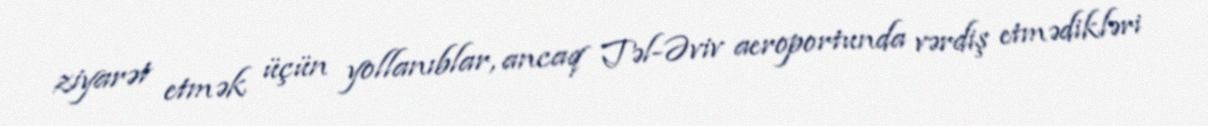
ziyarət etmək üçün yollanıblar, ancaq Təl-Əviv aeroportunda vərdiş etmədikləri